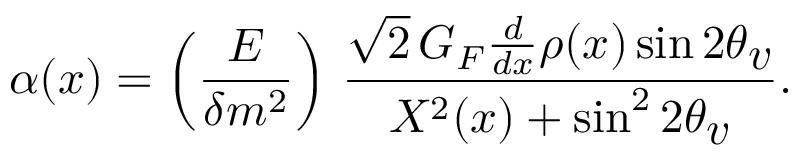
\alpha ( x ) = \left( { \frac { E } { \delta m ^ { 2 } } } \right) \, { \frac { \sqrt 2 \, G _ { F } { \frac { d } { d x } } \rho ( x ) \sin 2 \theta _ { \textstyle v } } { X ^ { 2 } ( x ) + \sin ^ { 2 } 2 \theta _ { \textstyle v } } } .